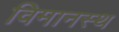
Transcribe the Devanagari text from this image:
विमानस्थ